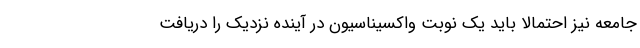
جامعه نیز احتمالا باید یک نوبت واکسیناسیون در آینده نزدیک را دریافت